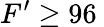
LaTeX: F^{\prime}\ge 96\